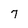
Character: 7